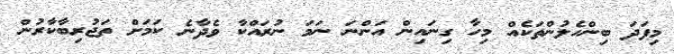
މިފަދަ ބިންހެލުންތަކެއް މިހާ ގިނައިން އަންނަ ނަމަ ނުރައްކާ ވެދާނެ ކަމަށް ތަޖުރިބާކާރުން